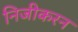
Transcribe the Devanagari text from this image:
निजीकरन